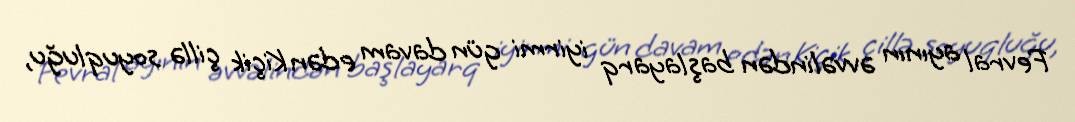
Fevral ayının əvvəlindən başlayarq iyirmi gün davam edən Kiçik çillə soyuqluğu,